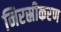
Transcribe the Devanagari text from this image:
निरस्रीकरण